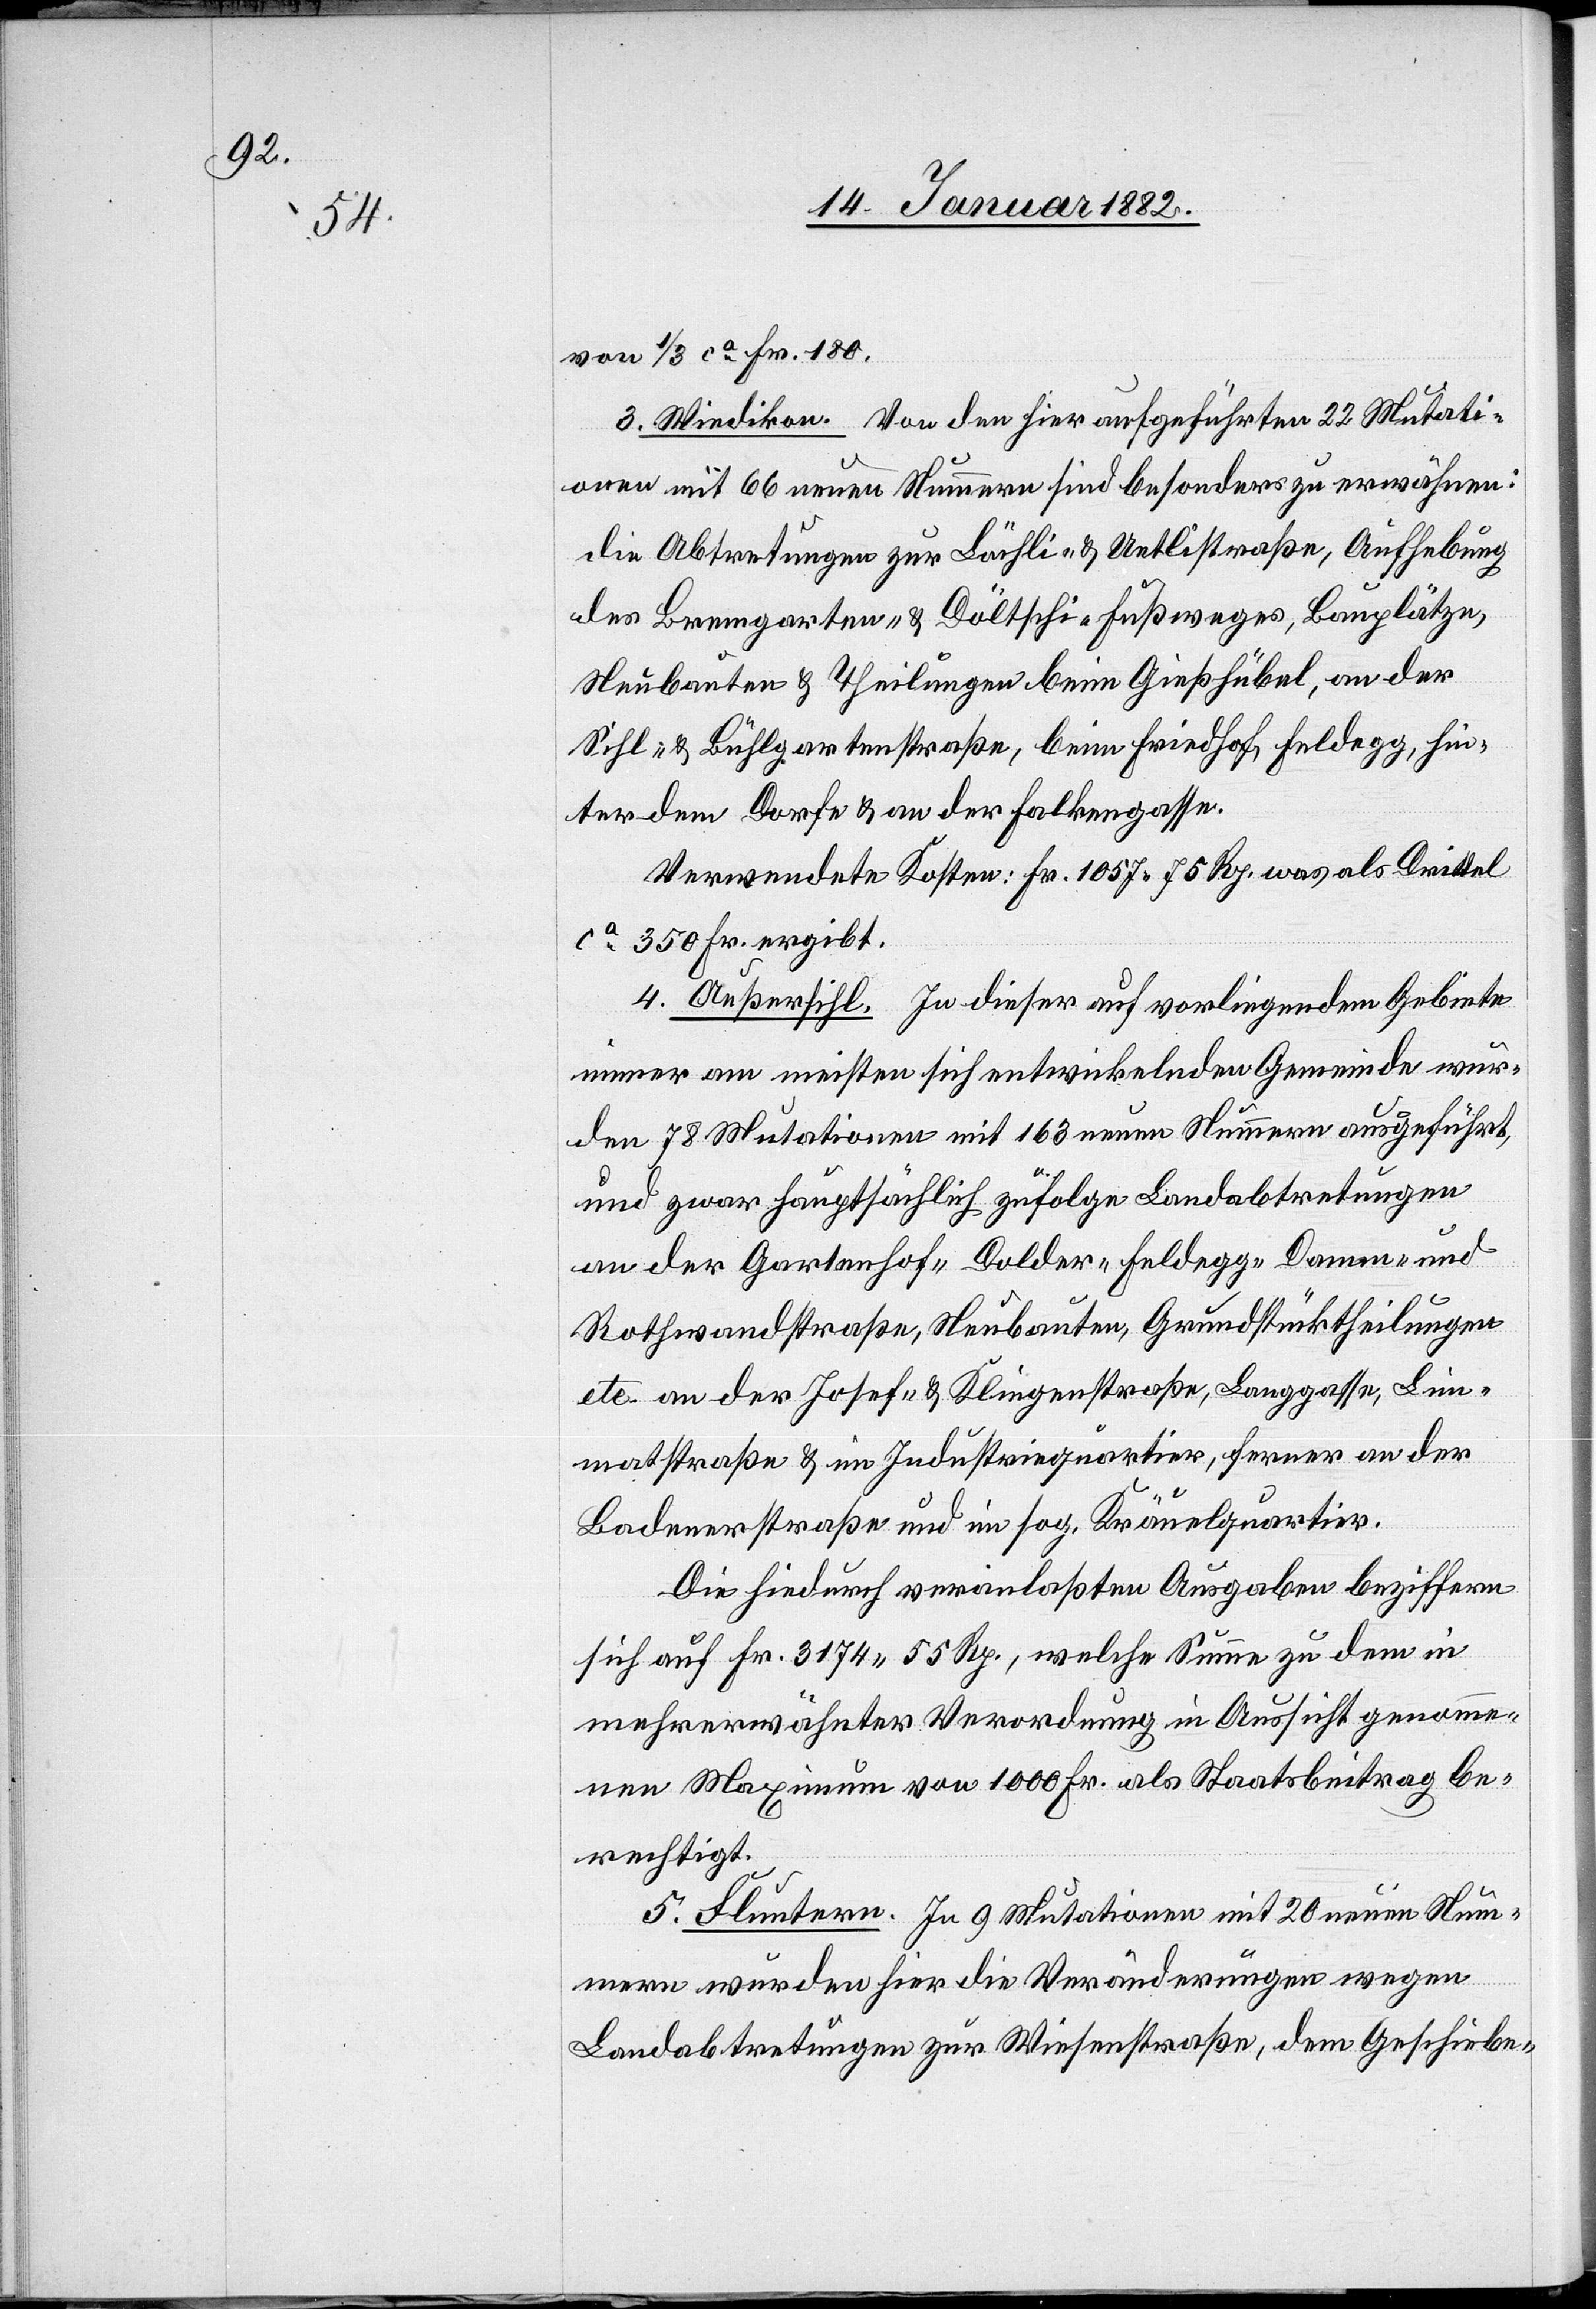
von 1/3 ca Fr. 180.
3. Wiedikon. Von den hier aufgeführten 22 Mutati¬
onen mit 66 neuen Nummern sind besonders zu erwähnen:
die Abtretung zur Löchli- & Uetlistraße, Aufhebung
des Bremgarten- & Döltschi-Fußweges, Bauplätze,
Neubauten & Theilungen beim Gießhübel, an der
Sihl- & Bühlgartenstraße, beim Friedhof Feldegg, hin¬
ter dem Dorfe & an der Falkengasse.
Verwendete Kosten: Fr. 1057 75 Rp. was als Drittel
ca 350 Fr. ergibt.
4. Außersihl. Zu dieser auf vorliegendem Gebiete
einer am meisten sich entwickelnden Gemeinde wur¬
den 78 Mutationen mit 163 neuen Nummern ausgeführt,
und zwar hauptsächlich zufolge Landabtretungen
an der Gartenhof-[,] Dolder-[,] Feldegg-[,] Damm- und
Rothwandstraßen, Neubauten, Grundstücktheilungen
etc. an der Josef- & Klingenstraße, Langgasse, Lim¬
matstraße & im Industriequartier, ferner an der
Badenerstraße und im sog. Kräuelquartier.
Die hiedurch veranlaßten Ausgaben beziffern
sich auf Fr. 317 55 Rp., welche Summe zu dem in
mehrerwähnter Verordnung in Aussicht genomme¬
nen Maximum von 1000 Fr. als Staatsbeitrag be¬
rechtigt.
5. Fluntern. Zu 9 Mutationen mit 20 neuen Num¬
mern wurden hier die Veränderungen wegen
Landabtretungen zur Wiesenstraße, dem Geschiebe-